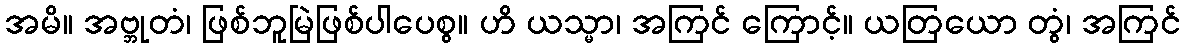
အမိ။ အဗ္ဘုတံ၊ ဖြစ်ဘူမြဲဖြစ်ပါပေစွ။ ဟိ ယသ္မာ၊ အကြင် ကြောင့်။ ယတြယော တွံ၊ အကြင်